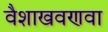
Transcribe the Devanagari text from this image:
वैशाखवणवा